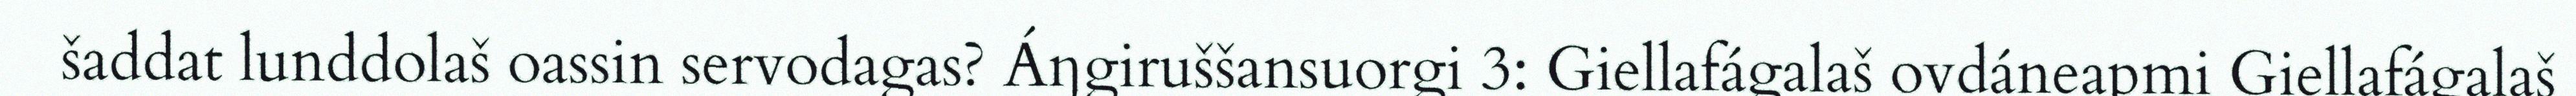
šaddat lunddolaš oassin servodagas? Áŋgiruššansuorgi 3: Giellafágalaš ovdáneapmi Giellafágalaš